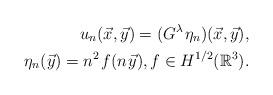
LaTeX: \begin{align*} u_n(\vec{x},\vec{y})=(G^\lambda\mspace{1.5mu}\eta_n)(\vec{x},\vec{y}),\\ \eta_n(\vec{y})=n^2\mspace{1.5mu}f(n\mspace{1.5mu}\vec{y}),f\in H^{1/2}(\mathbb{R}^3).\end{align*}